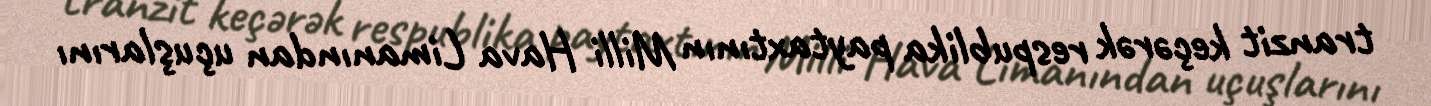
tranzit keçərək respublika paytaxtının Milli Hava Limanından uçuşlarını